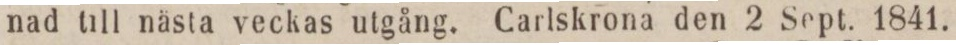
nad till nästa veckas utgång. Carlskrona den 2 Sept. 1841.